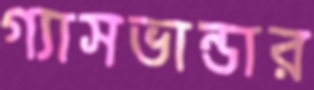
গ্যাসভান্ডার